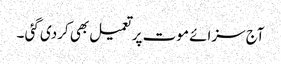
آج سزائے موت پر تعمیل بھی کردی گئی ۔